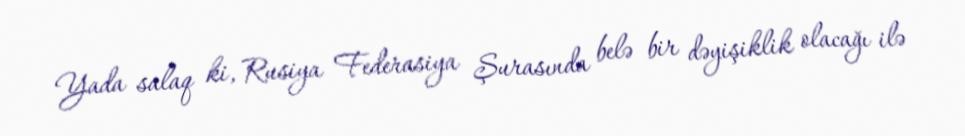
Yada salaq ki, Rusiya Federasiya Şurasında belə bir dəyişiklik olacağı ilə